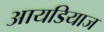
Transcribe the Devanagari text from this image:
आयडियाज